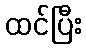
ထင်ပြီး